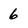
Character: 6